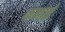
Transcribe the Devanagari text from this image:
कनाई